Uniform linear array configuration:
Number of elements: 64
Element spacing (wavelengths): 0.5
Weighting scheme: hann
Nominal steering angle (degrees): -15
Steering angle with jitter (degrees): -14.174
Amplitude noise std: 0.05
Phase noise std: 0.05

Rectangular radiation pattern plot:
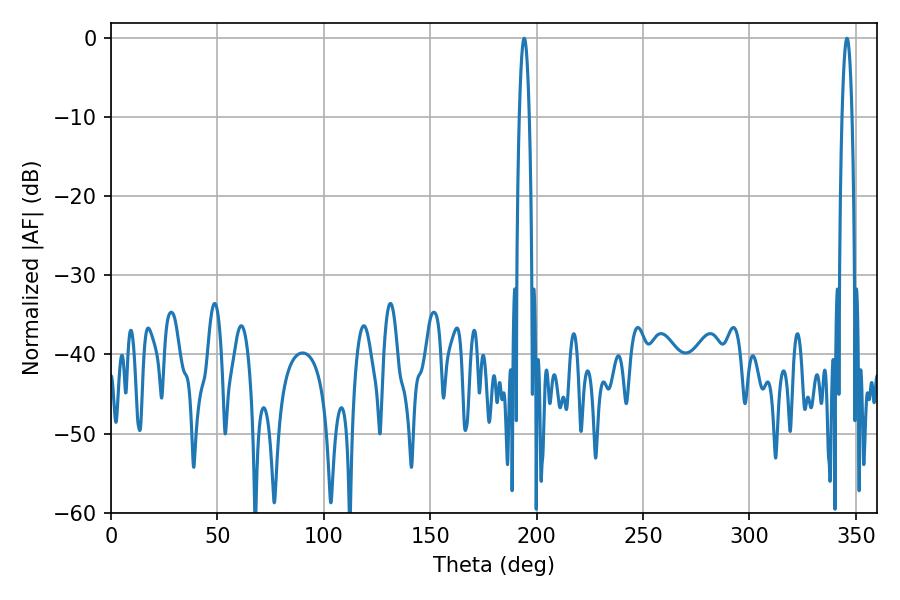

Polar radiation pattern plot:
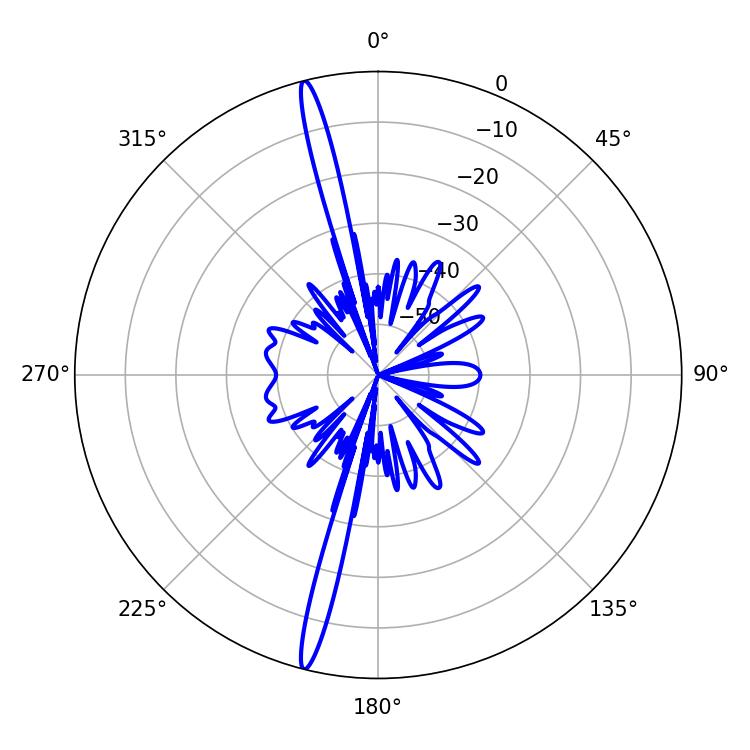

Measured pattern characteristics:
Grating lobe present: FALSE
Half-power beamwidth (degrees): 2.52
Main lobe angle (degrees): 345.78